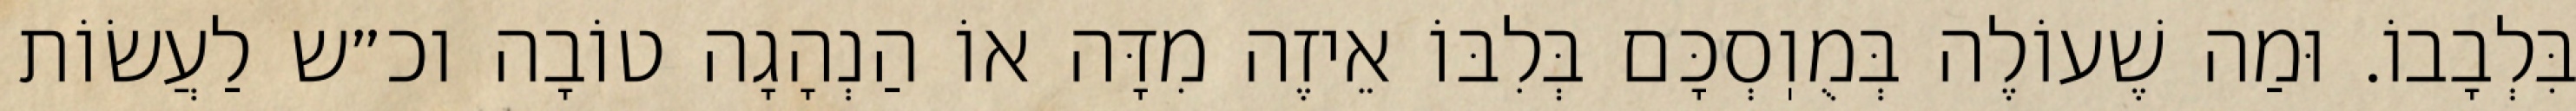
בִּלְבָבוֹ. וּמַה שֶׁעוֹלֶה בְּמֻוֽסְכָּם בְּלִבּוֹ אֵיזֶה מִדָּה אוֹ הַנְהָגָה טוֹבָה וכ״ש לַעֲשׂוֹת